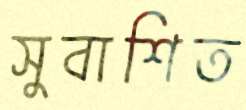
সুবাশিত